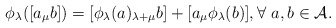
\begin{align*}\phi_{\lambda}([a_{\mu}b])= [\phi_{\lambda}(a)_{\lambda+ \mu}b]+ [a_{\mu}\phi_{\lambda}(b)], \forall \ a, b \in \mathcal{A}.\end{align*}